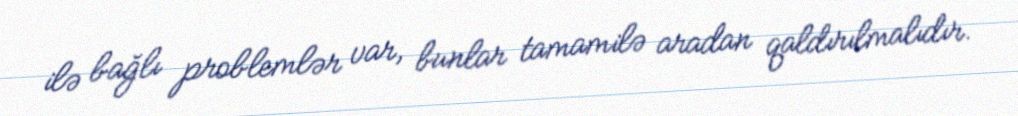
ilə bağlı problemlər var, bunlar tamamilə aradan qaldırılmalıdır.